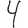
Digit: 4